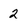
Character: 2